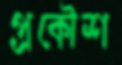
প্রকৌশ